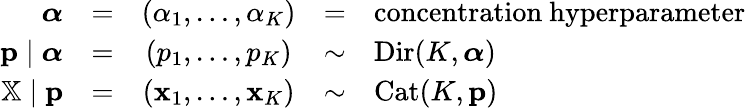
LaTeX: {\begin{array}{rcccl}{{\boldsymbol{\alpha}}}&{=}&{\left(\alpha_{1},\ldots,\alpha_{K}\right)}&{=}&{{\mathrm{concentration~hyperparameter}}}\\ {\mathbf{p}\mid{\boldsymbol{\alpha}}}&{=}&{\left(p_{1},\ldots,p_{K}\right)}&{\sim}&{\operatorname{Dir}(K,{\boldsymbol{\alpha}})}\\ {\mathbb{X}\mid\mathbf{p}}&{=}&{\left(\mathbf{x}_{1},\ldots,\mathbf{x}_{K}\right)}&{\sim}&{\operatorname{Cat}(K,\mathbf{p})}\end{array}}